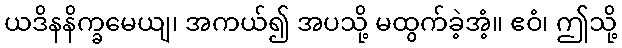
ယဒိနနိက္ခမေယျ၊ အကယ်၍ အပသို့ မထွက်ခဲ့အံ့။ ဧဝံ၊ ဤသို့